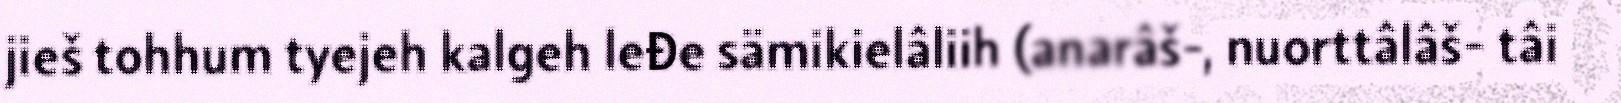
jieš tohhum tyejeh kalgeh leđe sämikielâliih (anarâš-, nuorttâlâš- tâi